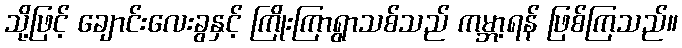
သို့ဖြင့် ချောင်းလေးခွနှင့် ကြိုးကြာရွာသစ်သည် ကမ္ဘာ့ရန် ဖြစ်ကြသည်။